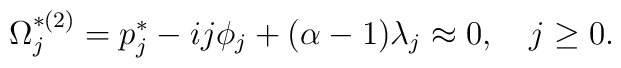
\Omega^{*(2)}_j= p^*_j -ij \phi_j + (\alpha -1) \lambda_j \approx 0,~~~ j \geq 0.